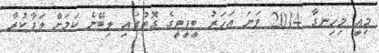
މިއީ މިހިނގާ 2014 ވަނަ އަހަރު ބީޕީޓީގެ ގޮތުގައި ލިބޭނެ ކަމަށް ލަފާކުރާ